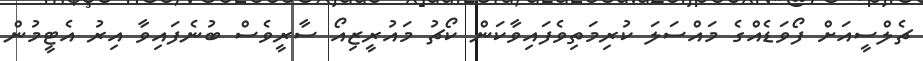
ޗެލްސީއަށް ފޯވަޑެއްގެ މައްސަލަ ކުރިމަތިވެފައިވާކަން ކޯޗު މައުރީޒިއޯ ސާރީވެސް ބުނެފައިވާ އިރު އެޓީމުން